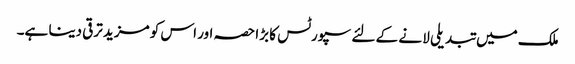
ملک میں تبدیلی لا نے کے لئے سپورٹس کا بڑا حصہ اور اس کو مزید ترقی دینا ہے۔